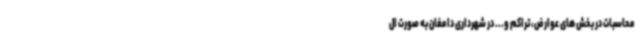
محاسبات در بخش های عوارض، تراکم و... در شهرداری دامغان به صورت ال